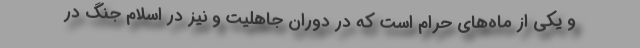
و یکی از ماه‌های حرام است که در دوران جاهلیت و نیز در اسلام جنگ در